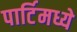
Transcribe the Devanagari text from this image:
पार्टिमध्ये